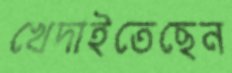
খেদাইতেছেন